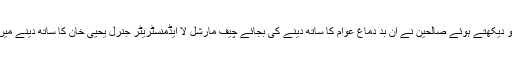
اس صورت حال کو دیکھتے ہوئے صالحین نے ان بد دماغ عوام کا ساتھ دینے کی بجائے چیف مارشل لا ایڈمنسٹریٹر جنرل یحیی خان کا ساتھ دینے میں ملک کا مفاد جانا۔